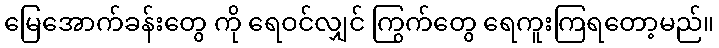
မြေအောက်ခန်းတွေ ကို ရေဝင်လျှင် ကြွက်တွေ ရေကူးကြရတော့မည်။